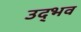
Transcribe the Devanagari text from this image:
उद्‍भव